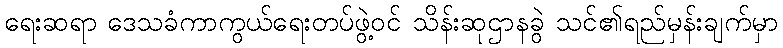
ရေးဆရာ ဒေသခံကာကွယ်ရေးတပ်ဖွဲ့ဝင် သိန်းဆုဌာနခွဲ သင်၏ရည်မှန်းချက်မှာ